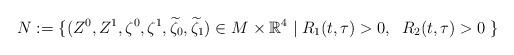
LaTeX: \begin{align*} N:=\{(Z^0,Z^1,\zeta^0,\zeta^1,\widetilde{\zeta}_0,\widetilde{\zeta}_1)\in M^{}\times \mathbb{R}^4 \; | \; R_1(t,\tau)>0,\;\; R_2(t,\tau)>0\;\}\end{align*}